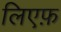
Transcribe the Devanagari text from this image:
लिएफ़